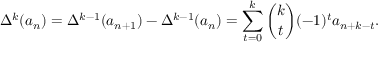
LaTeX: \Delta ^ { k } ( a _ { n } ) = \Delta ^ { k - 1 } ( a _ { n + 1 } ) - \Delta ^ { k - 1 } ( a _ { n } ) = \sum _ { t = 0 } ^ { k } { \binom { k } { t } } ( - 1 ) ^ { t } a _ { n + k - t } .